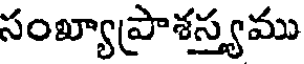
సంఖ్యాప్రాశస్త్యము